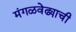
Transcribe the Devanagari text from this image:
मंगळवेढ्याची